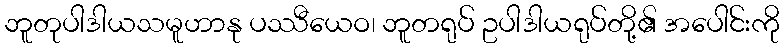
ဘူတုပါဒါယသမူဟာနု ပဿီယေဝ၊ ဘူတရုပ် ဥပါဒါယရုပ်တို့၏ အပေါင်းကို